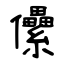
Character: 儽